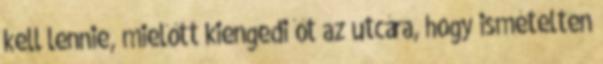
kell lennie, mielőtt kiengedi őt az utcára, hogy ismételten